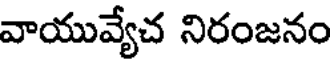
వాయువ్యేచ నిరంజనం